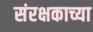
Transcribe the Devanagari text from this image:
संरक्षकाच्या